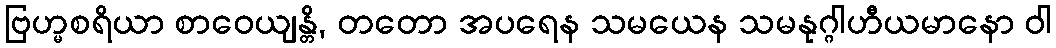
ဗြဟ္မစရိယာ စာဝေယျန္တိ, တတော အပရေန သမယေန သမနုဂ္ဂါဟီယမာနော ဝါ